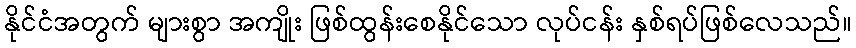
နိုင်ငံအတွက် များစွာ အကျိုး ဖြစ်ထွန်းစေနိုင်သော လုပ်ငန်း နှစ်ရပ်ဖြစ်လေသည်။